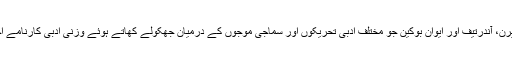
الیگزانڈر کو پرن، آندرتیف اور ایوان بوکین جو مختلف ادبی تحریکوں اور سماجی موجوں کے درمیان جھکولے کھاتے ہوئے وزنی ادبی کارنامے اچھالتے رہے۔